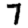
Digit: 7